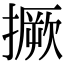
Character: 撅